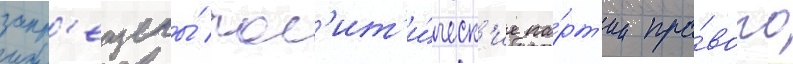
запр'ещены́ пол'ит'и́ческ'ие па́рт'ии пра́вого